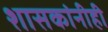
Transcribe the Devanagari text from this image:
शासकांनीही